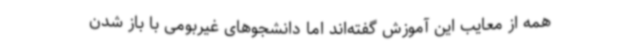
همه از معایب این آموزش گفته‌اند اما دانشجوهای غیربومی با باز شدن